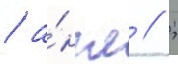
/ а́нгл // ;